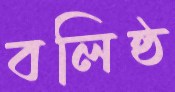
বলিষ্ঠ